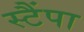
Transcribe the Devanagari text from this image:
स्टैंपा